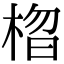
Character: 𣓗